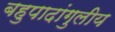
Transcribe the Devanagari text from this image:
बहुपादांगुलीय